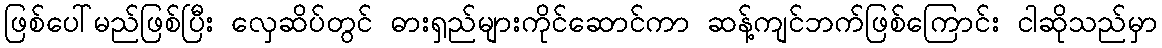
ဖြစ်ပေါ်မည်ဖြစ်ပြီး လှေဆိပ်တွင် ဓားရှည်များကိုင်ဆောင်ကာ ဆန့်ကျင်ဘက်ဖြစ်ကြောင်း ငါဆိုသည်မှာ